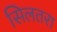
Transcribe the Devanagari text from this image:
सिलतरा